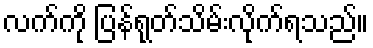
လက်ကို ပြန်ရုတ်သိမ်းလိုက်ရသည်။